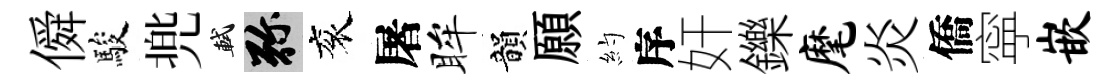
僢駿兠軾弥衮屠眸韻願約序奸鑠麾炎僑寜嵌